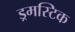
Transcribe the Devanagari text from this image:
ड्रमस्टिक